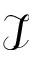
\mathcal { I }